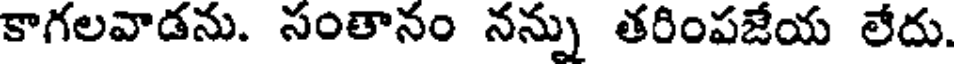
కాగలవాడను. సంతానం నన్ను తరింపజేయ లేదు.